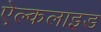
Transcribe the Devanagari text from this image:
ऐल्कलाइड